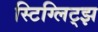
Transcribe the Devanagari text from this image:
स्टिग्लिट्झ